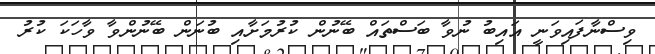
ވިސްނާފައިވަނީ އައިބު ނުވާ ބަސްތައް ބޭނުން ކުރުމަށާއި ބުނަން ބޭނުންވާ ވާހަކަ ކުރު